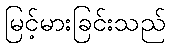
မြင့်မားခြင်းသည်